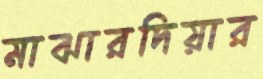
মাঝারদিয়ার